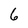
Character: 6